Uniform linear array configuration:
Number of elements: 4
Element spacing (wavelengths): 0.75
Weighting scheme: hann
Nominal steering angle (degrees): -45
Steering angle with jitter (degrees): -46.418
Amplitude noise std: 0.05
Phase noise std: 0.05

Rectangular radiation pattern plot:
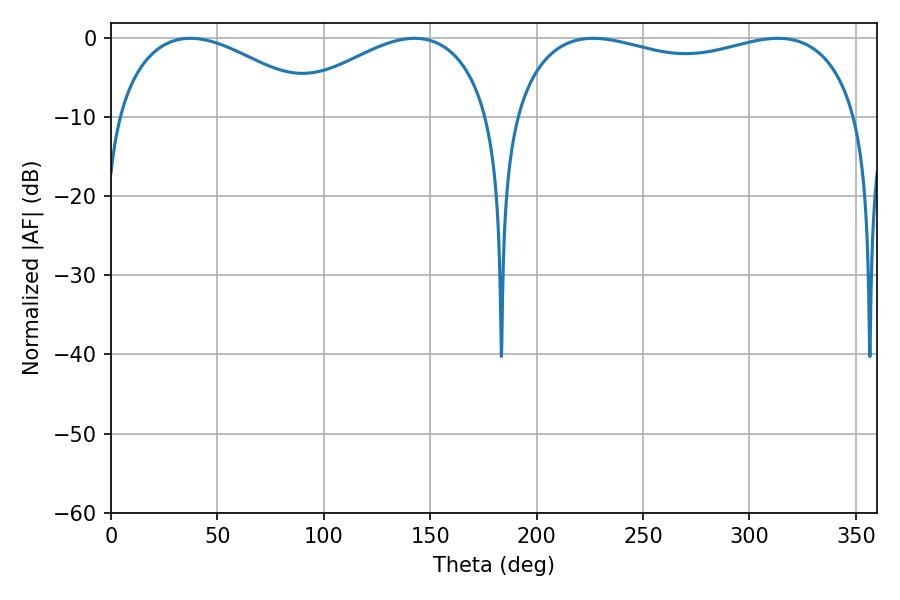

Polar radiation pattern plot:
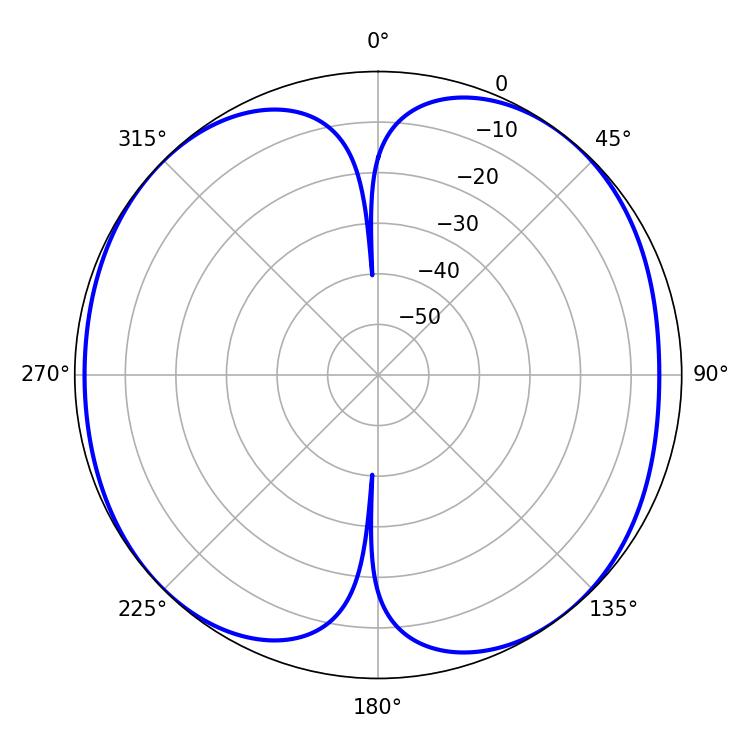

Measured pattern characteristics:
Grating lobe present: TRUE
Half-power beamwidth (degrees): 133.56
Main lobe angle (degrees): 226.62